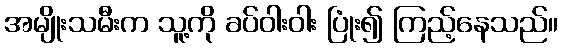
အမျိုးသမီးက သူ့ကို ခပ်ဝါးဝါး ပြုံး၍ ကြည့်နေသည်။